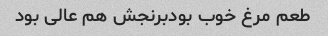
طعم مرغ خوب بودبرنجش هم عالی بود